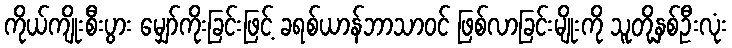
ကိုယ်ကျိုးစီးပွား မျှော်ကိုးခြင်းဖြင့် ခရစ်ယာန်ဘာသာဝင် ဖြစ်လာခြင်းမျိုးကို သူတို့နှစ်ဦးလုံး